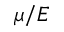
\mu / E